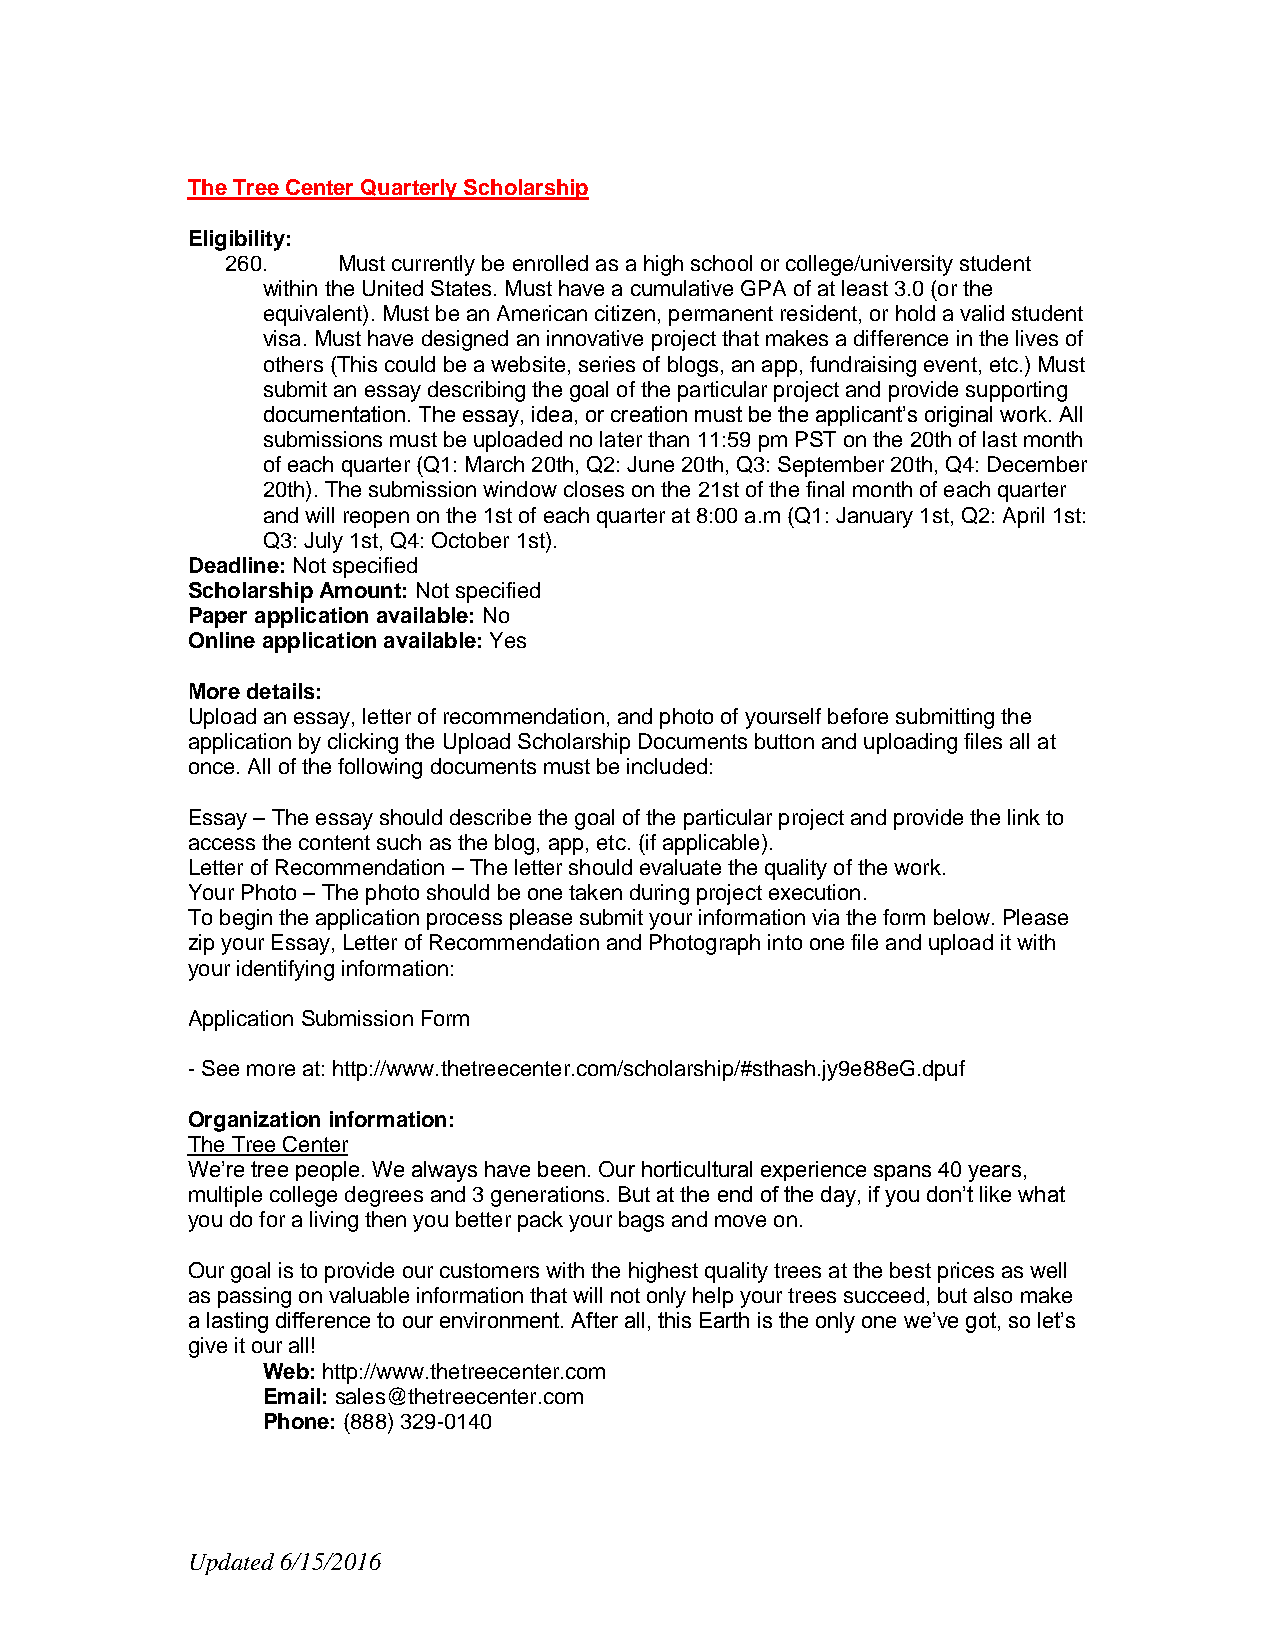
The Tree Center Quarterly Scholarship
 Eligibility:
 260.   Must currently be enrolled as a high school or college/university student
 within the United States. Must have a cumulative GPA of at least 3.0 (or the
 equivalent). Must be an American citizen, permanent resident, or hold a valid student
 visa. Must have designed an innovative project that makes a difference in the lives of
 others (This could be a website, series of blogs, an app, fundraising event, etc.) Must
 submit an essay describing the goal of the particular project and provide supporting
 documentation. The essay, idea, or creation must be the applicant’s original work. All
 submissions must be uploaded no later than 11:59 pm PST on the 20th of last month
 of each quarter (Q1: March 20th, Q2: June 20th, Q3: September 20th, Q4: December
 20th). The submission window closes on the 21st of the final month of each quarter
 and will reopen on the 1st of each quarter at 8:00 a.m (Q1: January 1st, Q2: April 1st:
 Q3: July 1st, Q4: October 1st).
 Deadline: Not specified
 Scholarship Amount: Not specified
 Paper application available: No
 Online application available: Yes
 More details:
 Upload an essay, letter of recommendation, and photo of yourself before submitting the
 application by clicking the Upload Scholarship Documents button and uploading files all at
 once. All of the following documents must be included:
 Essay – The essay should describe the goal of the particular project and provide the link to
 access the content such as the blog, app, etc. (if applicable).
 Letter of Recommendation – The letter should evaluate the quality of the work.
 Your Photo – The photo should be one taken during project execution.
 To begin the application process please submit your information via the form below. Please
 zip your Essay, Letter of Recommendation and Photograph into one file and upload it with
 your identifying information:
 Application Submission Form
 - See more at: http://www.thetreecenter.com/scholarship/#sthash.jy9e88eG.dpuf
 Organization information:
 The Tree Center
 We’re tree people. We always have been. Our horticultural experience spans 40 years,
 multiple college degrees and 3 generations. But at the end of the day, if you don’t like what
 you do for a living then you better pack your bags and move on.
 Our goal is to provide our customers with the highest quality trees at the best prices as well
 as passing on valuable information that will not only help your trees succeed, but also make
 a lasting difference to our environment. After all, this Earth is the only one we’ve got, so let’s
 give it our all!
 Web: http://www.thetreecenter.com
 Email: sales@thetreecenter.com
 Phone: (888) 329-0140
 Updated 6/15/2016